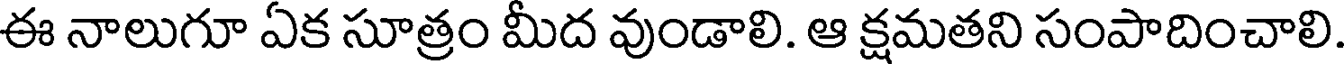
ఈ నాలుగూ ఏక సూత్రం మీద వుండాలి. ఆ క్షమతని సంపాదించాలి.